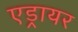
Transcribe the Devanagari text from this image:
एड्रायर